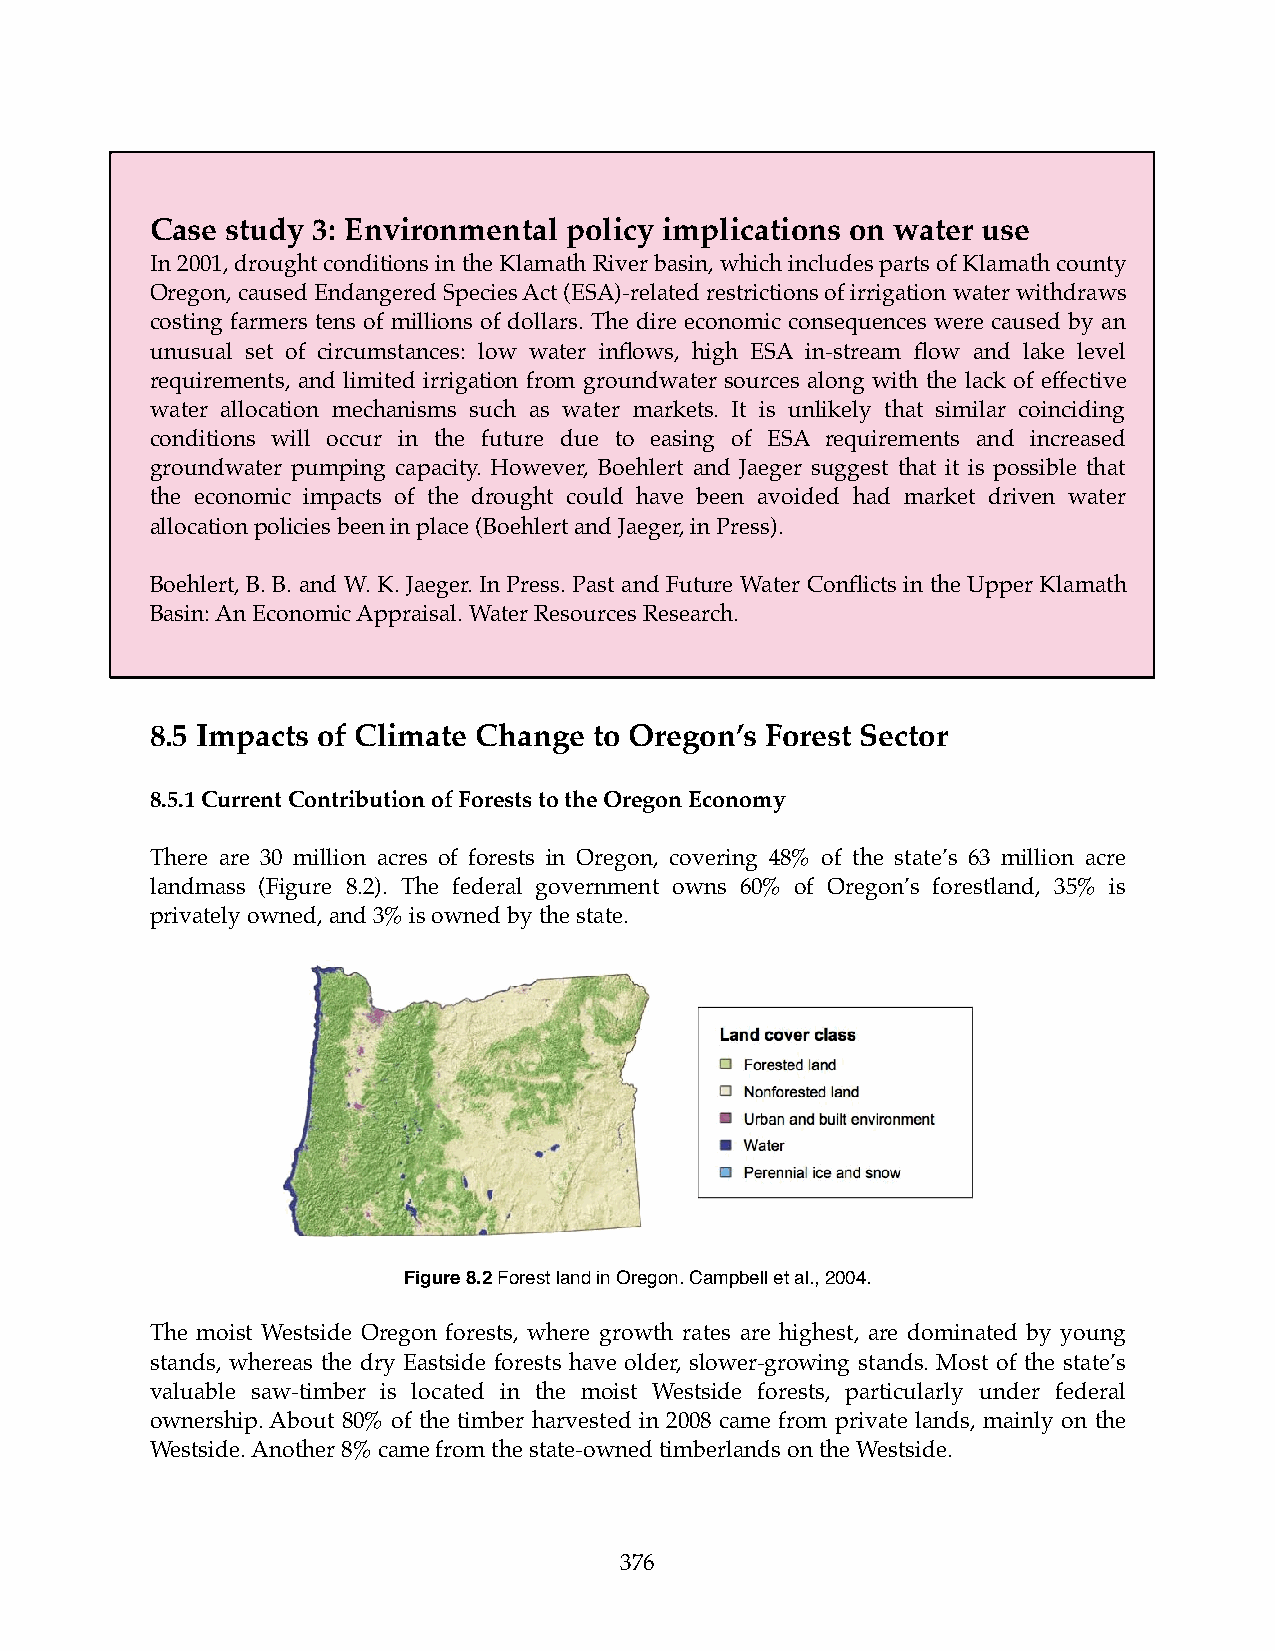
Case study 3: Environmental policy implications on water use
 In 2001, drought conditions in the Klamath River basin, which includes parts of Klamath county
 Oregon, caused Endangered Species Act (ESA)-related restrictions of irrigation water withdraws
 costing farmers tens of millions of dollars. The dire economic consequences were caused by an
 unusual set of circumstances: low water inflows, high ESA in-stream flow and lake level
 requirements, and limited irrigation from groundwater sources along with the lack of effective
 water allocation mechanisms such as water markets. It is unlikely that similar coinciding
 conditions will occur in the future due to easing of ESA requirements and increased
 groundwater pumping capacity. However, Boehlert and Jaeger suggest that it is possible that
 the economic impacts of the drought could have been avoided had market driven water
 allocation policies been in place (Boehlert and Jaeger, in Press).
 Boehlert, B. B. and W. K. Jaeger. In Press. Past and Future Water Conflicts in the Upper Klamath
 Basin: An Economic Appraisal. Water Resources Research.
 8.5 Impacts of Climate Change to Oregon’s Forest Sector
 8.5.1 Current Contribution of Forests to the Oregon Economy
 There are 30 million acres of forests in Oregon, covering 48% of the state’s 63 million acre
 landmass (Figure 8.2). The federal government owns 60% of Oregon’s forestland, 35% is
 privately owned, and 3% is owned by the state.
 Figure 8.2 Forest land in Oregon. Campbell et al., 2004.
 The moist Westside Oregon forests, where growth rates are highest, are dominated by young
 stands, whereas the dry Eastside forests have older, slower-growing stands. Most of the state’s
 valuable saw-timber is located in the moist Westside forests, particularly under federal
 ownership. About 80% of the timber harvested in 2008 came from private lands, mainly on the
 Westside. Another 8% came from the state-owned timberlands on the Westside.
 376